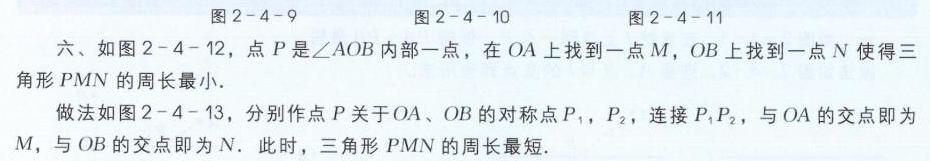
图2 - 4 - 9\quad图2 - 4 - 10\quad图2 - 4 - 11
六、如图2 - 4 - 12，点\(P\)是\(\angle AOB\)内部一点，在\(OA\)上找到一点\(M\)，\(OB\)上找到一点\(N\)使得三角形\(PMN\)的周长最小.
做法如图2 - 4 - 13，分别作点\(P\)关于\(OA\)、\(OB\)的对称点\(P_1\)，\(P_2\)，连接\(P_1P_2\)，与\(OA\)的交点即为\(M\)，与\(OB\)的交点即为\(N\). 此时，三角形\(PMN\)的周长最短.